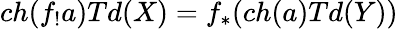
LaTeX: ch(f_{!}a)Td(X)=f_{*}(ch(a)Td(Y))